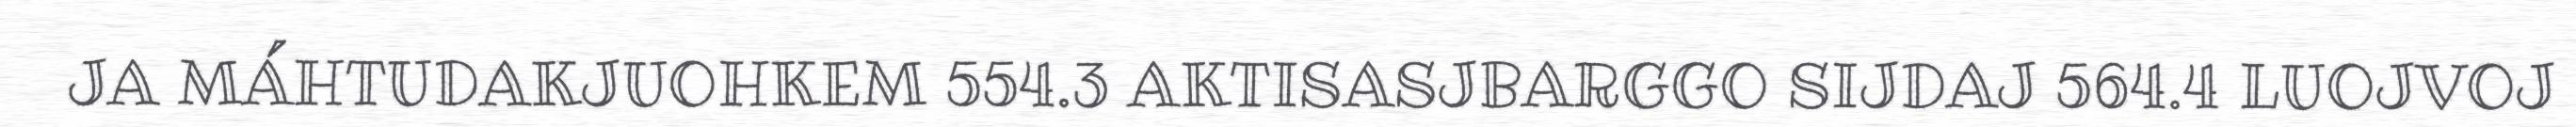
JA MÁHTUDAKJUOHKEM 554.3 AKTISASJBARGGO SIJDAJ 564.4 LUOJVOJ